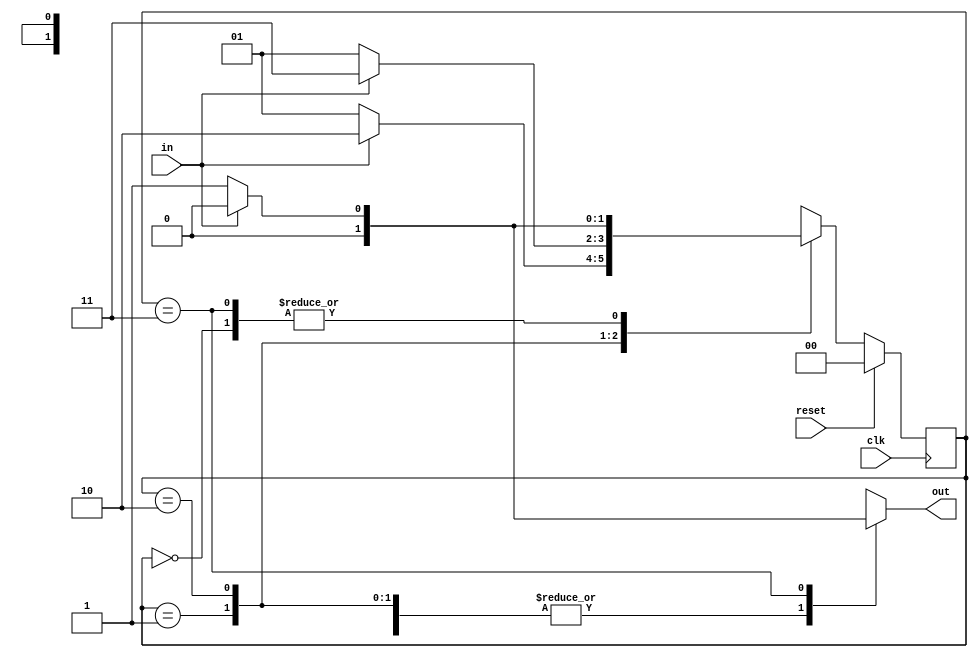
// 0110

module fsm (
input in,clk,reset,
output reg out
	);

parameter s0=0, s1=1, s2=2, s3=3;
reg [1:0] PS, NS;

always @(posedge clk)
if(reset)
begin
	PS <= s0;
end
else begin
	PS <= NS;
end

always @ (PS,in)

case (PS)
	s0 : begin
			out <=0;
			NS <= in ? s0 : s1;
		 end

	s1 : begin
			out <= 0;
			NS <= in ? s2 : s1;
		 end

	s2 : begin
			out <= 0;
			NS <= in ? s3 : s1;
		 end

	s3 : begin
			out <= in ? 0 : 1;
			NS <= in ? s0 : s1;
		 end
		 
    default :  begin
			out <=0;
			NS <= in ? s0 : s1;
		 end

endcase
endmodule